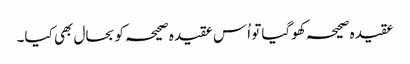
عقیدہ صحیحہ کھوگیا تو اُس عقیدہ صحیحہ کو بحال بھی کیا۔